Medical and sanitary report of the native army of Bengal for the year
Year: 1876
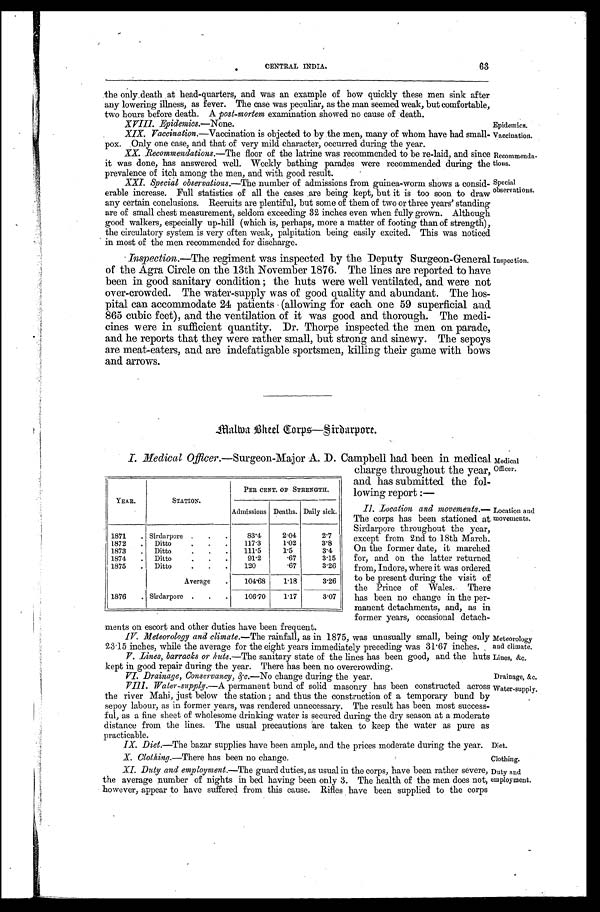
Meteorology
and climate.
Lines, &c.
Drainage, &c.
Water-supply.
X. Clothing.—There has been no change.
Clothing.
63
CENTRAL INDIA.
the only death at head-quarters, and was an example of how quickly these men sink after
any lowering illness, as fever. The case was peculiar, as the man seemed weak, but comfortable,
two hours before death. A post-mortem examination showed no cause of death.
XVIII. Epidemics.—None.
XIX. Vaccination.—Vaccination is objected to by the men, many of whom have had small
-
pox. Only one case, and that of very mild character, occurred during the year.
XX. Recommendations.—The floor of the latrine was recommended to be re-laid, and since
it was done, has answered well. Weekly bathing parades were recommended during the
prevalence of itch among the men, and with good result.
XXI. Special observations.— The number of admissions from. guinea-worm shows a consid
-
erable increase. Full statistics of all the cases are being kept, but it is too soon to draw
any certain conclusions. Recruits are plentiful, but some of them of two or three years' standing
are of small chest measurement, seldom exceeding 32 inches even when fully grown. Although
good walkers, especially up-hill (which is, perhaps, more a matter of footing than of strength),
the circulatory system is very often weak, palpitation being easily excited. This was noticed
in most of the men recommended for discharge.
Epidemics.
Vaccination.
Recommenda -
tions.
special
Observations.
Inspection.—The regiment was inspected by the Deputy Surgeon-General
of the Agra Circle on the 13th November 1876. The lines are reported to have
been in good sanitary condition; the huts were well ventilated, and were not
over-crowded. The water-supply was of good quality and abundant. The hos-
pital can accommodate 24 patients (allowing for each one 59 superficial and
865 cubic feet), and the ventilation of it was good and thorough. The medi-
cines were in sufficient quantity. Dr. Thorpe inspected the men on parade,
and he reports that they were rather small, but strong and sinewy. The sepoys
are meat-eaters, and are indefatigable sportsmen, killing their game with bows
and arrows.
Inspection.
Malwa Bheel Corps— Sirdarpore.
I. Medical Officer. —Surgeon-Major A.D. Campbell had been in medical
charge throughout the year,
and has submitted the fol-
lowing report:—
II. Location and movements.
The corps has been stationed at
Sirdarpore throughout the year,
except from 2nd to 18th March.
On the former date, it marched
for, and on the latter returned
from, Indorp, where it was ordered
to be present during the visit of
the Prince of Wales. There
has been no change in the per-
manent detachments, and, as in
former years, occasional detach-
m e n t s o n e s c o r t a n d o t h e r d u t i e s h a v e b e e n f r e q u e n t .
YEAR.
STATION.
PER CENT. OF STRENGTH.
Admissions Deaths. Daily sick.
1871 . . .
S i r d a r p o r e . . .
83.4
2.04
2.7
1 8 7 2 . . .
D i t t o . . .
117.3
1.02
3.8
1 8 7 3 . . .
D i t t o . . .
111.5
1.5
3.4
1 8 7 4 . . .
•
D i t t o . . .
91.2
.67
3.15
1 8 7 5 . . .
Ditto . . .
120
.67
3.26
Average . . .
104.68
1.18
3.26
1876
Sirdarpore . . .
106.70
1.17
3.07
Medical
Officer.
Location and
movements.
IV. Meteorology and climate.— The rainfall, as in 1875, was unusually small, being only
23.15 inches, while the average for the eight years immediately preceding was 31.67 inches.
V. Lines, barracks or huts.—The sanitary state of the lines has been good, and the huts
kept in good repair during the year. There has been no overcrowding.
VI. Drainage, Conservancy,&c.—No change during the year.
VIII. Water-supply.— A permanent bund of solid masonry has been constructed across
the river Mahi, just below the station; and thus the construction of a temporary bund by
sepoy labour, as in former years, was rendered unnecessary. The result has been most success-
ful, as a fine sheet of wholesome drinking water is secured during the dry season at a moderate
distance from the lines. The usual precautions are taken to keep the water as pure as
practicable.
IX. Diet.—The bazar supplies have been ample, and the prices moderate during the year. Diet.
XI. Duty and employment.— The guard duties, as usual in the corps, have been rather severe,
the average number of nights in bed having been only 3. The health of the men does not,
however, appear to have suffered from this cause. Rifles have been supplied to the corps
Duty and
employment.